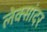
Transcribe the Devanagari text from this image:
लेक्सांदर